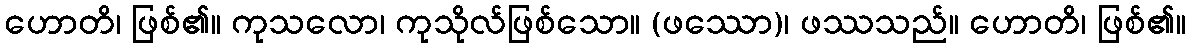
ဟောတိ၊ ဖြစ်၏။ ကုသလော၊ ကုသိုလ်ဖြစ်သော။ (ဖဿော)၊ ဖဿသည်။ ဟောတိ၊ ဖြစ်၏။